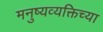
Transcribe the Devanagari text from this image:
मनुष्यव्यक्तिच्या